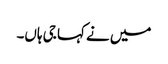
میں نے کہا جی ہاں۔